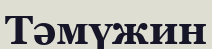
Тәмүжин